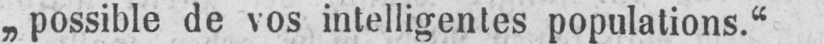
„possible de vos intelligentes populations.“